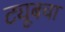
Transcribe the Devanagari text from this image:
ट्यूबचा